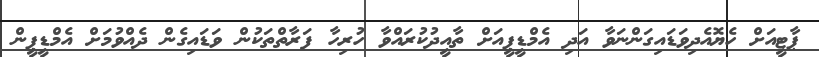
ޕާޓީއަށް ހެޔޮއެދިވަޑައިގަންނަވާ އަދި އެމްޑީޕީއަށް ތާއީދުކުރައްވާ ހުރިހާ ފަރާތްތަކުން ވަޑައިގެން ދެއްވުމަށް އެމްޑީޕީން